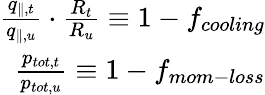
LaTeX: \begin{array}{r}{\frac{q_{\parallel,t}}{q_{\parallel,u}}\cdot\frac{R_{t}}{R_{u}}\equiv 1-f_{cooling}}\\ {\frac{p_{tot,t}}{p_{tot,u}}\equiv 1-f_{mom-loss}}\end{array}